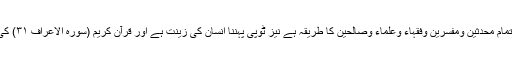
سعودی عرب کے تمام شیوخ کا فتویٰ بھی یہی ہے کہ ٹوپی نبی اکرم ﷺ کی سنت اور تمام محدثین ومفسرین وفقہاء وعلماء وصالحین کا طریقہ ہے نیز ٹوپی پہننا انسان کی زینت ہے اور قرآن کریم (سورہ الاعراف ۳۱) کی روشنی میں نماز میں زینت مطلوب ہے لہذا ہمیں نماز ٹوپی پہن کر ہی پڑھنی چاہئے۔